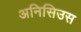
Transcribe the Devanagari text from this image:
अनिसिउस